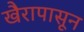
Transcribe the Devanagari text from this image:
खैरापासून